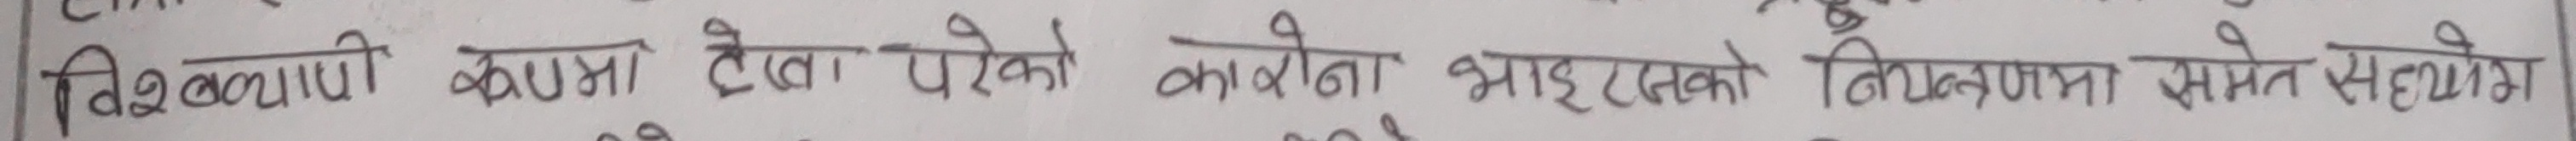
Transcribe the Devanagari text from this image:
विश्वाणी कक्षामा देखा परेको क्यान्सरको नियन्त्रणमा समेत सहयोग ।